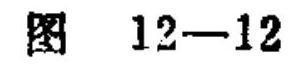
图 12—12